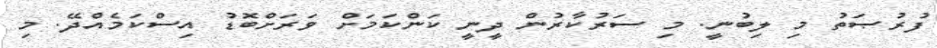
ފުރުޞަތު މި ލިބުނީ. މި ސަރުކާރުން ދީނީ ކަންކަމަށް ވަރަށްބޮޑު އިސްކަމެއްދޭ. މި